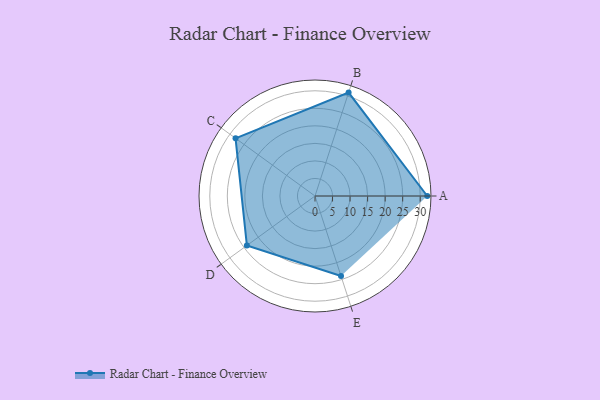
{"axis": {"x": "Skill", "y": "Score"}, "legend": ["Profile"], "data": [{"x": "A", "y": 32.0, "type": "Profile"}, {"x": "B", "y": 31.0, "type": "Profile"}, {"x": "C", "y": 28.0, "type": "Profile"}, {"x": "D", "y": 24.0, "type": "Profile"}, {"x": "E", "y": 24.0, "type": "Profile"}]}